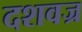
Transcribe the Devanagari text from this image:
दशवज्र